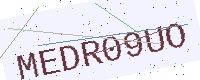
Text: MEDR09UO